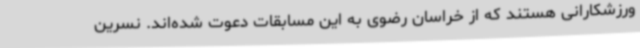
ورزشکارانی هستند که از خراسان رضوی به این مسابقات دعوت شده‌اند. نسرین